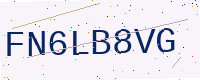
Text: FN6LB8VG